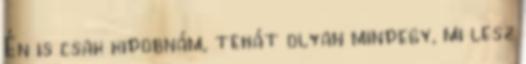
Én is csak kidobnám, tehát olyan mindegy, mi lesz